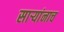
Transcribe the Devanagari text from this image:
सार्‍यांनाच